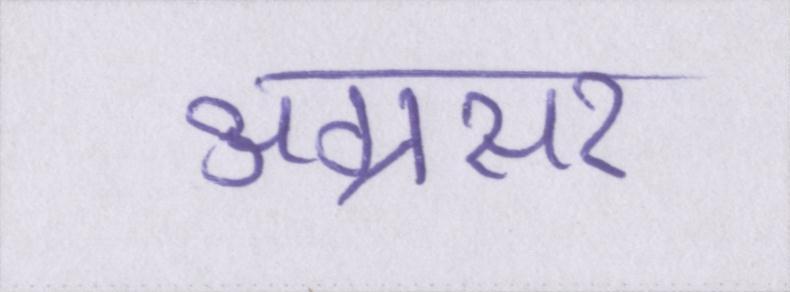
अग्रसर